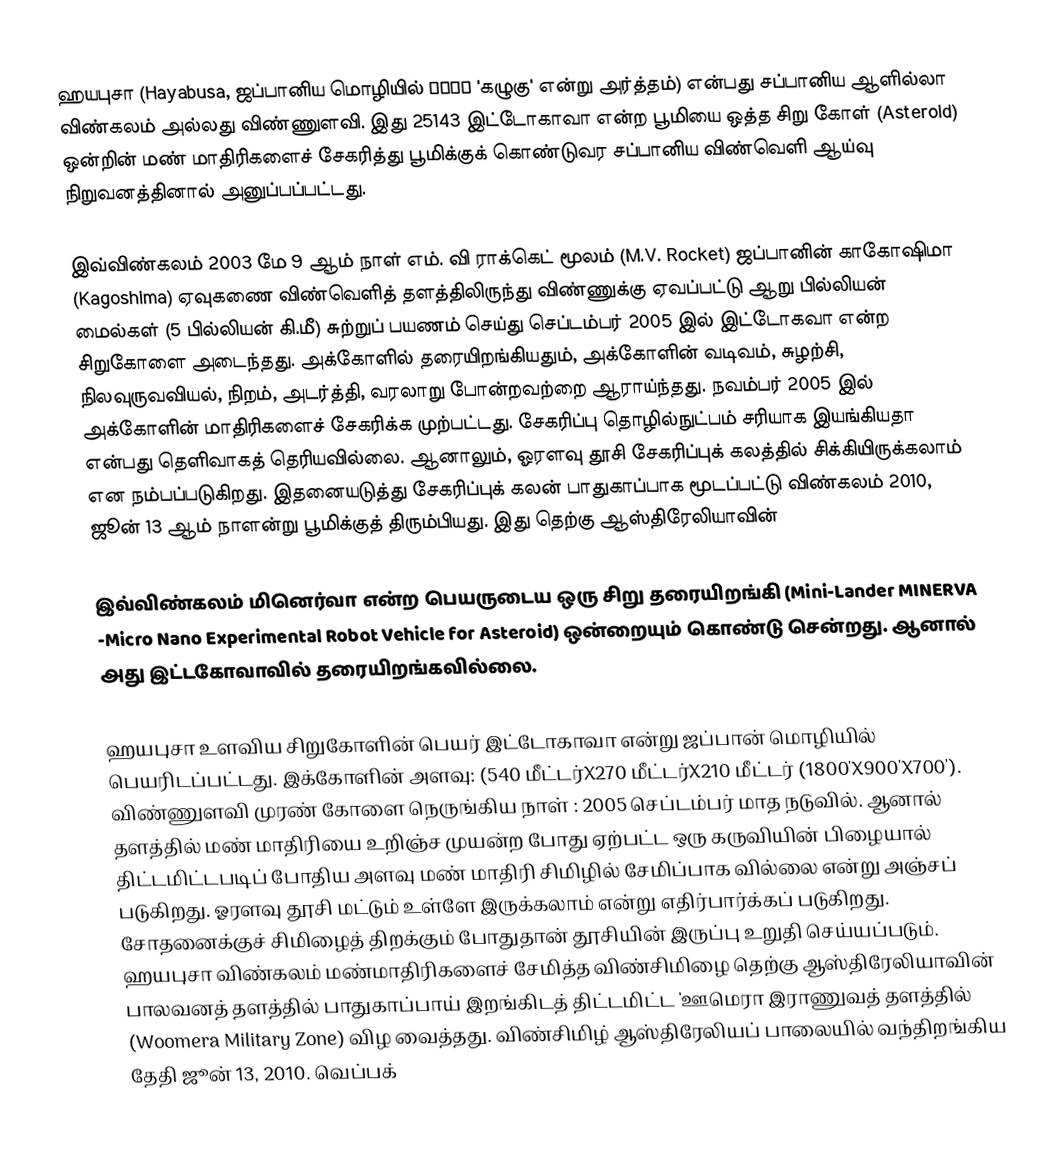
ஹயபுசா (Hayabusa, ஜப்பானிய மொழியில் はやぶさ 'கழுகு' என்று அர்த்தம்) என்பது சப்பானிய ஆளில்லா விண்கலம் அல்லது விண்ணுளவி. இது 25143 இட்டோகாவா என்ற பூமியை ஒத்த சிறு கோள் (Asteroid) ஒன்றின் மண் மாதிரிகளைச் சேகரித்து பூமிக்குக் கொண்டுவர சப்பானிய விண்வெளி ஆய்வு நிறுவனத்தினால் அனுப்பப்பட்டது.

இவ்விண்கலம் 2003 மே 9 ஆம் நாள் எம். வி ராக்கெட் மூலம் (M.V. Rocket) ஜப்பானின் காகோஷிமா (Kagoshima) ஏவுகணை விண்வெளித் தளத்திலிருந்து விண்ணுக்கு ஏவப்பட்டு ஆறு பில்லியன் மைல்கள் (5 பில்லியன் கி.மீ) சுற்றுப் பயணம் செய்து செப்டம்பர் 2005 இல் இட்டோகவா என்ற சிறுகோளை அடைந்தது. அக்கோளில் தரையிறங்கியதும், அக்கோளின் வடிவம், சுழற்சி, நிலவுருவவியல், நிறம், அடர்த்தி, வரலாறு போன்றவற்றை ஆராய்ந்தது. நவம்பர் 2005 இல் அக்கோளின் மாதிரிகளைச் சேகரிக்க முற்பட்டது. சேகரிப்பு தொழில்நுட்பம் சரியாக இயங்கியதா என்பது தெளிவாகத் தெரியவில்லை. ஆனாலும், ஓரளவு தூசி சேகரிப்புக் கலத்தில் சிக்கியிருக்கலாம் என நம்பப்படுகிறது. இதனையடுத்து சேகரிப்புக் கலன் பாதுகாப்பாக மூடப்பட்டு விண்கலம் 2010, ஜூன் 13 ஆம் நாளன்று பூமிக்குத் திரும்பியது. இது தெற்கு ஆஸ்திரேலியாவின்

இவ்விண்கலம் மினெர்வா என்ற பெயருடைய ஒரு சிறு தரையிறங்கி (Mini-Lander MINERVA -Micro Nano Experimental Robot Vehicle for Asteroid) ஒன்றையும் கொண்டு சென்றது. ஆனால் அது இட்டகோவாவில் தரையிறங்கவில்லை.

ஹயபுசா உளவிய சிறுகோளின் பெயர் இட்டோகாவா என்று ஜப்பான் மொழியில் பெயரிடப்பட்டது. இக்கோளின் அளவு: (540 மீட்டர்X270 மீட்டர்X210 மீட்டர் (1800'X900'X700'). விண்ணுளவி முரண் கோளை நெருங்கிய நாள் : 2005 செப்டம்பர் மாத நடுவில். ஆனால் தளத்தில் மண் மாதிரியை உறிஞ்ச முயன்ற போது ஏற்பட்ட ஒரு கருவியின் பிழையால் திட்டமிட்டபடிப் போதிய அளவு மண் மாதிரி சிமிழில் சேமிப்பாக வில்லை என்று அஞ்சப் படுகிறது. ஓரளவு தூசி மட்டும் உள்ளே இருக்கலாம் என்று எதிர்பார்க்கப் படுகிறது. சோதனைக்குச் சிமிழைத் திறக்கும் போதுதான் தூசியின் இருப்பு உறுதி செய்யப்படும். ஹயபுசா விண்கலம் மண்மாதிரிகளைச் சேமித்த விண்சிமிழை தெற்கு ஆஸ்திரேலியாவின் பாலவனத் தளத்தில் பாதுகாப்பாய் இறங்கிடத் திட்டமிட்ட 'ஊமெரா இராணுவத் தளத்தில் (Woomera Military Zone) விழ வைத்தது. விண்சிமிழ் ஆஸ்திரேலியப் பாலையில் வந்திறங்கிய தேதி ஜூன் 13, 2010. வெப்பக்